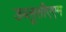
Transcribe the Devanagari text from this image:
डब्लूसीएएम